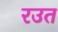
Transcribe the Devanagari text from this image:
रउत